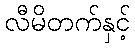
လီမိတက်နှင့်